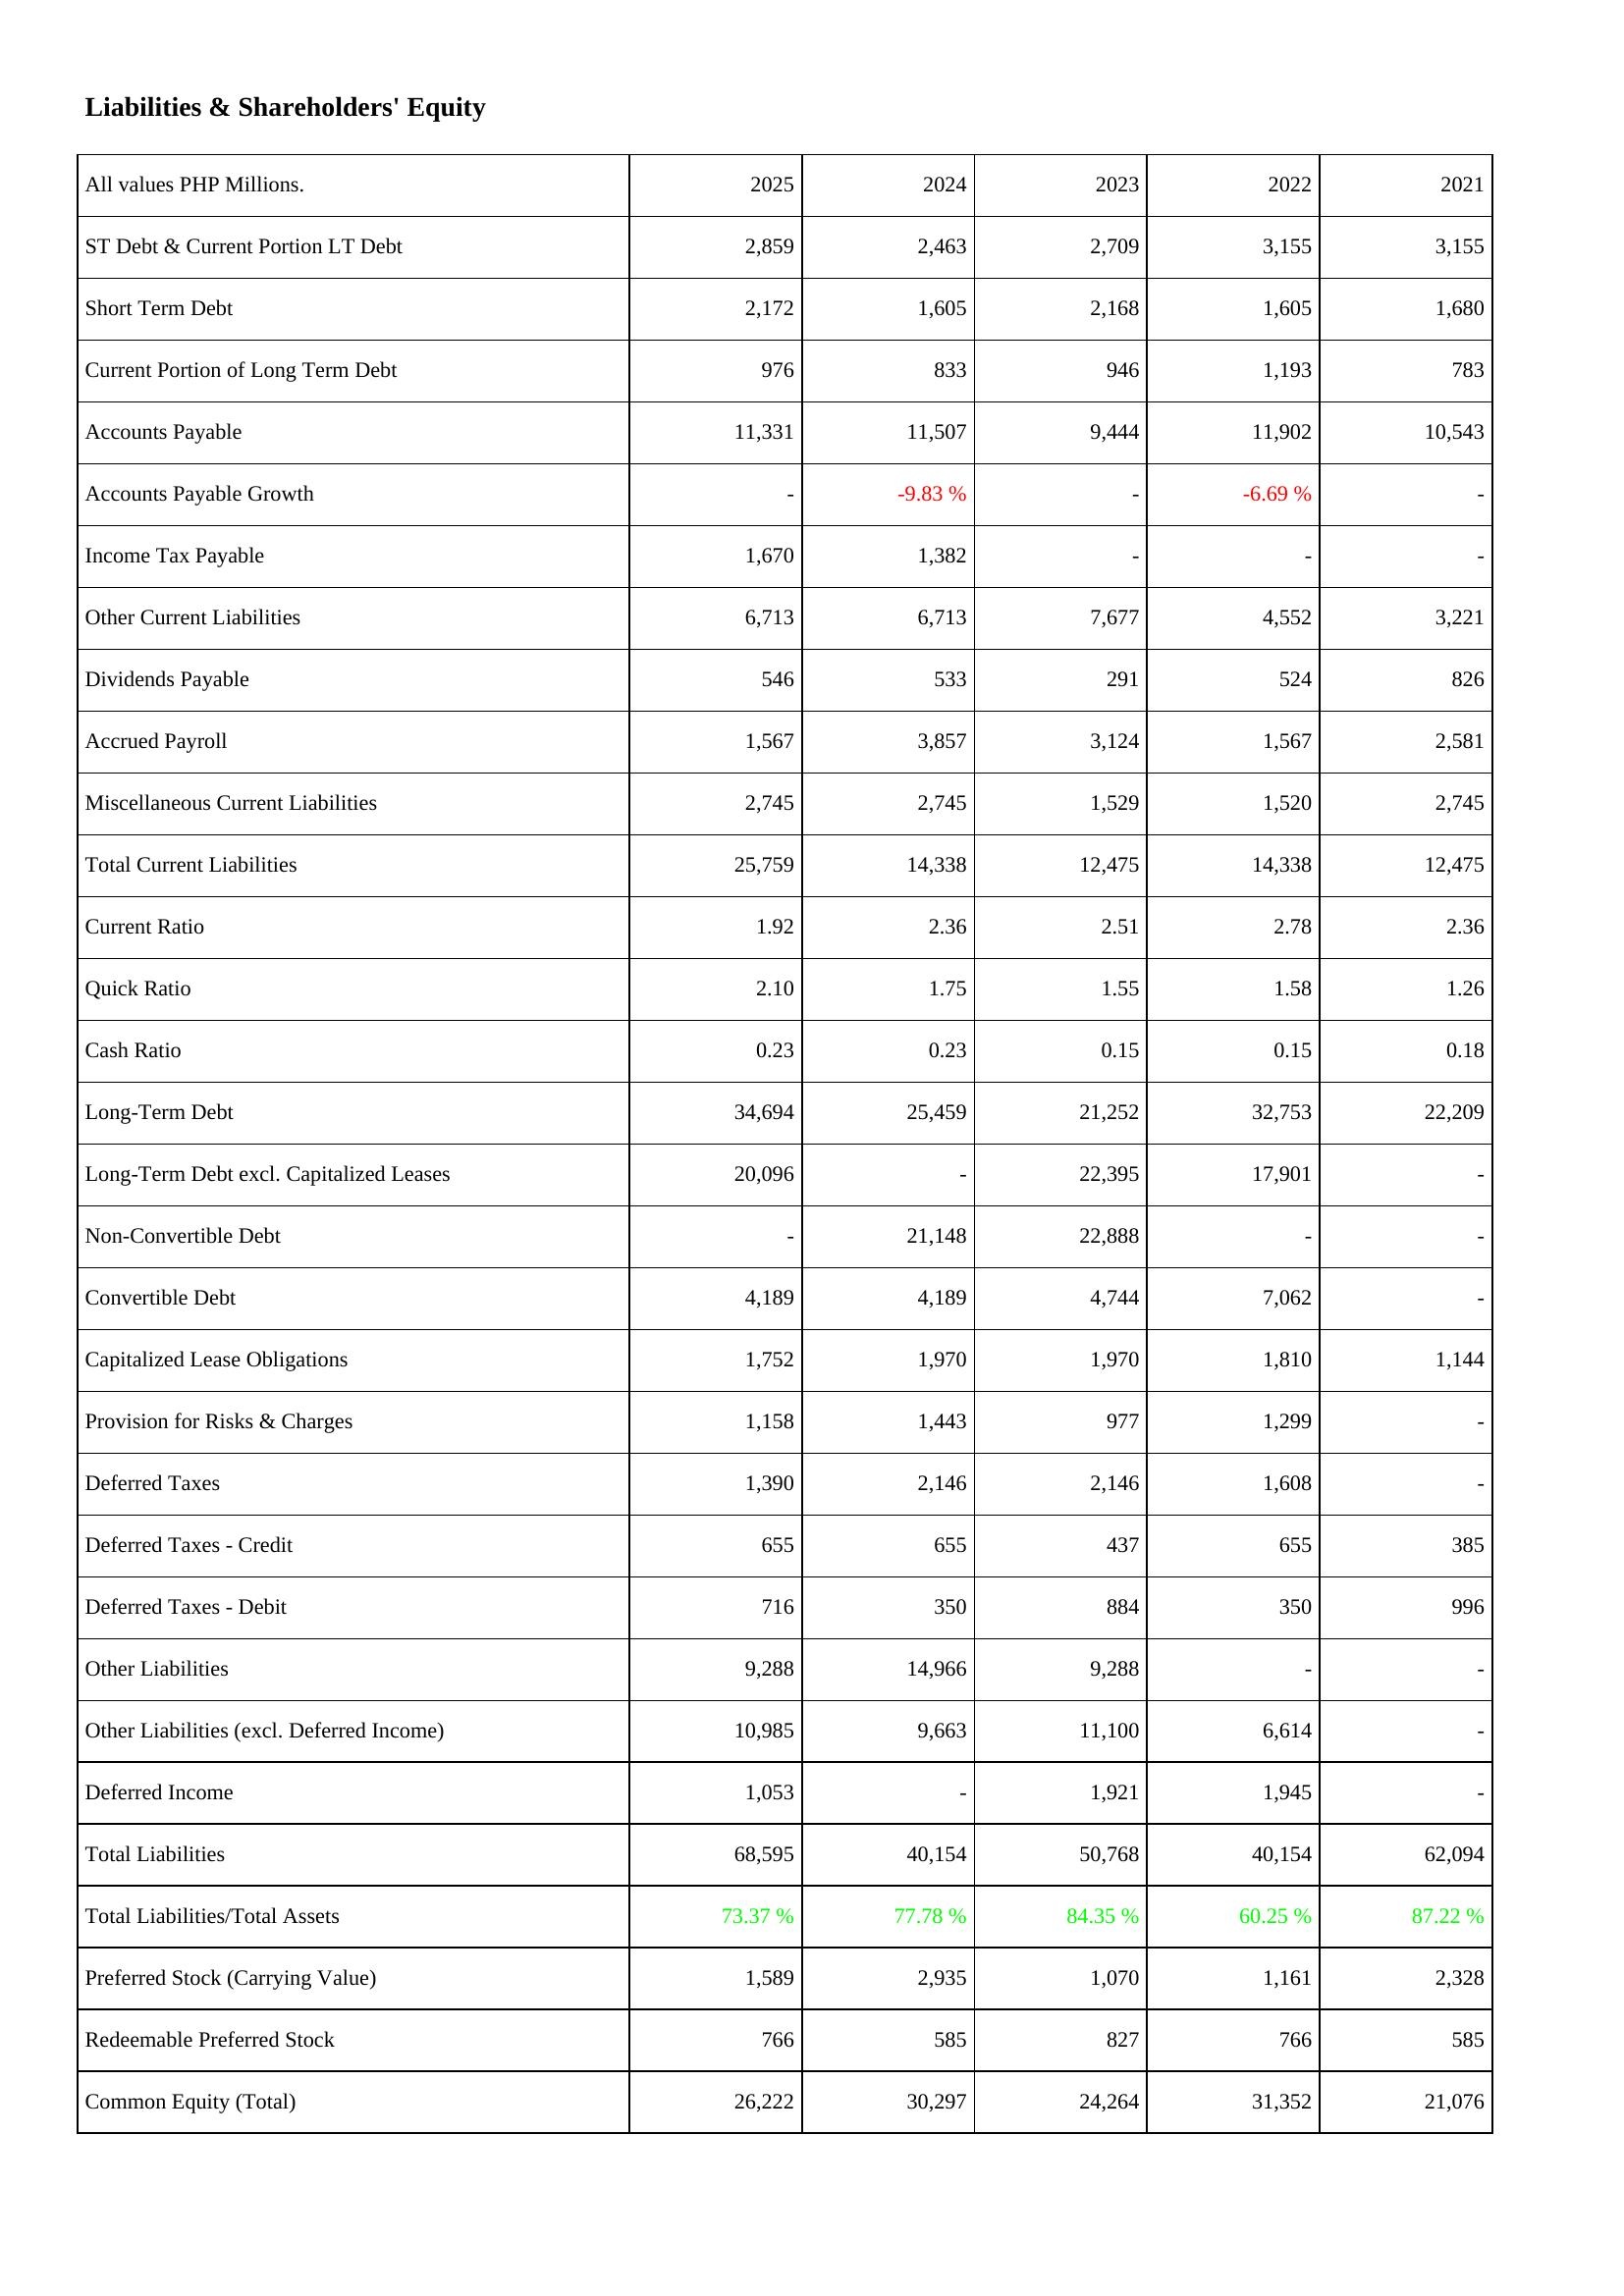
2025: Liabilities & Shareholders' Equity: ST Debt & Current Portion LT Debt: 2,859
Short Term Debt: 2,172
Current Portion of Long Term Debt: 976
Accounts Payable: 11,331
Accounts Payable Growth: -
Income Tax Payable: 1,670
Other Current Liabilities: 6,713
Dividends Payable: 546
Accrued Payroll: 1,567
Miscellaneous Current Liabilities: 2,745
Total Current Liabilities: 25,759
Current Ratio: 1.92
Quick Ratio: 2.10
Cash Ratio: 0.23
Long-Term Debt: 34,694
Long-Term Debt excl. Capitalized Leases: 20,096
Non-Convertible Debt: -
Convertible Debt: 4,189
Capitalized Lease Obligations: 1,752
Provision for Risks & Charges: 1,158
Deferred Taxes: 1,390
Deferred Taxes - Credit: 655
Deferred Taxes - Debit: 716
Other Liabilities: 9,288
Other Liabilities (excl. Deferred Income): 10,985
Deferred Income: 1,053
Total Liabilities: 68,595
Total Liabilities/Total Assets: 73.37 %
Preferred Stock (Carrying Value): 1,589
Redeemable Preferred Stock: 766
Common Equity (Total): 26,222
2024: Liabilities & Shareholders' Equity: ST Debt & Current Portion LT Debt: 2,463
Short Term Debt: 1,605
Current Portion of Long Term Debt: 833
Accounts Payable: 11,507
Accounts Payable Growth: -9.83 %
Income Tax Payable: 1,382
Other Current Liabilities: 6,713
Dividends Payable: 533
Accrued Payroll: 3,857
Miscellaneous Current Liabilities: 2,745
Total Current Liabilities: 14,338
Current Ratio: 2.36
Quick Ratio: 1.75
Cash Ratio: 0.23
Long-Term Debt: 25,459
Long-Term Debt excl. Capitalized Leases: -
Non-Convertible Debt: 21,148
Convertible Debt: 4,189
Capitalized Lease Obligations: 1,970
Provision for Risks & Charges: 1,443
Deferred Taxes: 2,146
Deferred Taxes - Credit: 655
Deferred Taxes - Debit: 350
Other Liabilities: 14,966
Other Liabilities (excl. Deferred Income): 9,663
Deferred Income: -
Total Liabilities: 40,154
Total Liabilities/Total Assets: 77.78 %
Preferred Stock (Carrying Value): 2,935
Redeemable Preferred Stock: 585
Common Equity (Total): 30,297
2023: Liabilities & Shareholders' Equity: ST Debt & Current Portion LT Debt: 2,709
Short Term Debt: 2,168
Current Portion of Long Term Debt: 946
Accounts Payable: 9,444
Accounts Payable Growth: -
Income Tax Payable: -
Other Current Liabilities: 7,677
Dividends Payable: 291
Accrued Payroll: 3,124
Miscellaneous Current Liabilities: 1,529
Total Current Liabilities: 12,475
Current Ratio: 2.51
Quick Ratio: 1.55
Cash Ratio: 0.15
Long-Term Debt: 21,252
Long-Term Debt excl. Capitalized Leases: 22,395
Non-Convertible Debt: 22,888
Convertible Debt: 4,744
Capitalized Lease Obligations: 1,970
Provision for Risks & Charges: 977
Deferred Taxes: 2,146
Deferred Taxes - Credit: 437
Deferred Taxes - Debit: 884
Other Liabilities: 9,288
Other Liabilities (excl. Deferred Income): 11,100
Deferred Income: 1,921
Total Liabilities: 50,768
Total Liabilities/Total Assets: 84.35 %
Preferred Stock (Carrying Value): 1,070
Redeemable Preferred Stock: 827
Common Equity (Total): 24,264
2022: Liabilities & Shareholders' Equity: ST Debt & Current Portion LT Debt: 3,155
Short Term Debt: 1,605
Current Portion of Long Term Debt: 1,193
Accounts Payable: 11,902
Accounts Payable Growth: -6.69 %
Income Tax Payable: -
Other Current Liabilities: 4,552
Dividends Payable: 524
Accrued Payroll: 1,567
Miscellaneous Current Liabilities: 1,520
Total Current Liabilities: 14,338
Current Ratio: 2.78
Quick Ratio: 1.58
Cash Ratio: 0.15
Long-Term Debt: 32,753
Long-Term Debt excl. Capitalized Leases: 17,901
Non-Convertible Debt: -
Convertible Debt: 7,062
Capitalized Lease Obligations: 1,810
Provision for Risks & Charges: 1,299
Deferred Taxes: 1,608
Deferred Taxes - Credit: 655
Deferred Taxes - Debit: 350
Other Liabilities: -
Other Liabilities (excl. Deferred Income): 6,614
Deferred Income: 1,945
Total Liabilities: 40,154
Total Liabilities/Total Assets: 60.25 %
Preferred Stock (Carrying Value): 1,161
Redeemable Preferred Stock: 766
Common Equity (Total): 31,352
2021: Liabilities & Shareholders' Equity: ST Debt & Current Portion LT Debt: 3,155
Short Term Debt: 1,680
Current Portion of Long Term Debt: 783
Accounts Payable: 10,543
Accounts Payable Growth: -
Income Tax Payable: -
Other Current Liabilities: 3,221
Dividends Payable: 826
Accrued Payroll: 2,581
Miscellaneous Current Liabilities: 2,745
Total Current Liabilities: 12,475
Current Ratio: 2.36
Quick Ratio: 1.26
Cash Ratio: 0.18
Long-Term Debt: 22,209
Long-Term Debt excl. Capitalized Leases: -
Non-Convertible Debt: -
Convertible Debt: -
Capitalized Lease Obligations: 1,144
Provision for Risks & Charges: -
Deferred Taxes: -
Deferred Taxes - Credit: 385
Deferred Taxes - Debit: 996
Other Liabilities: -
Other Liabilities (excl. Deferred Income): -
Deferred Income: -
Total Liabilities: 62,094
Total Liabilities/Total Assets: 87.22 %
Preferred Stock (Carrying Value): 2,328
Redeemable Preferred Stock: 585
Common Equity (Total): 21,076